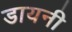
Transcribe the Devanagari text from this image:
डायनी